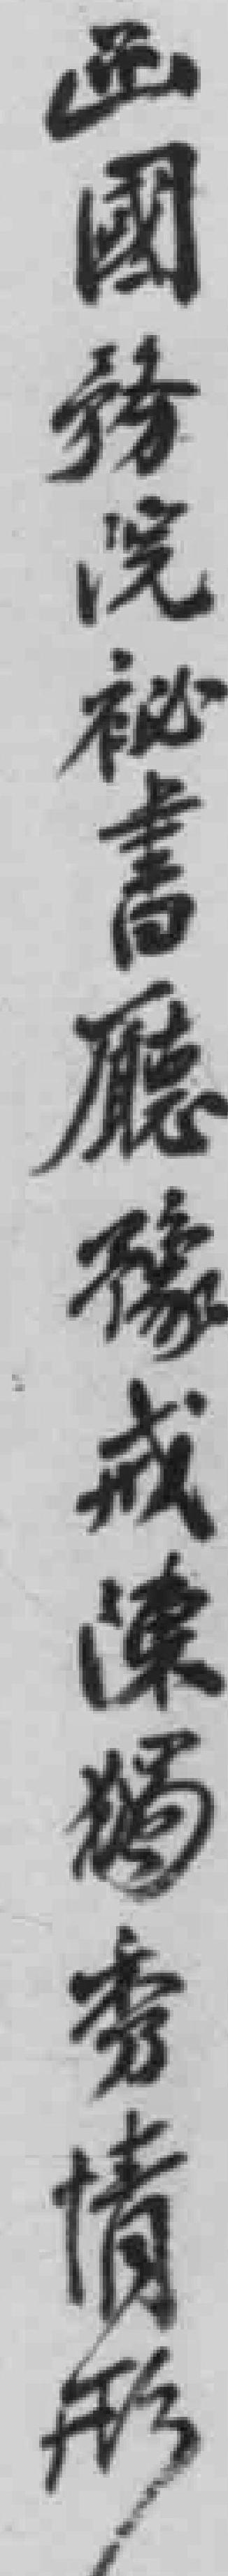
函國務院秘書廳豫戒陈獨秀情形